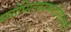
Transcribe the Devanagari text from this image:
मनोप्सितकामनासिद्धयर्थं